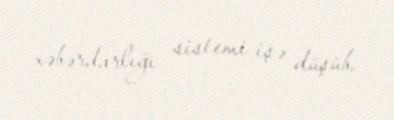
xəbərdarlığı sistemi işə düşüb.